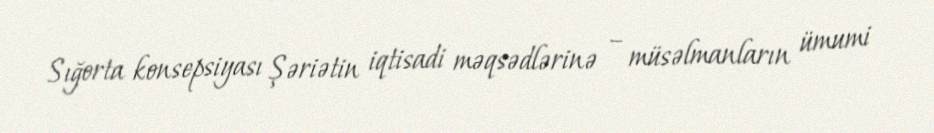
Sığorta konsepsiyası Şəriətin iqtisadi məqsədlərinə – müsəlmanların ümumi